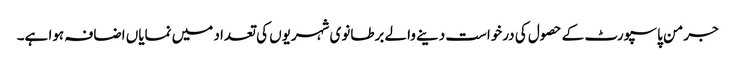
جرمن پاسپورٹ کے حصول کی درخواست دینے والے برطانوی شہریوں کی تعداد میں نمایاں اضافہ ہوا ہے۔